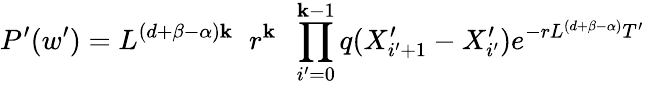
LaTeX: P^{\prime}(w^{\prime})=L^{(d+\beta-\alpha)\mathbf{k}}\; \; r^{\mathbf{k}}\; \; \prod_{i^{\prime}=0}^{\mathbf{k}-1}q(X_{i^{\prime}+1}^{\prime}-X_{i^{\prime}}^{\prime})e^{-rL^{(d+\beta-\alpha)}T^{\prime}}